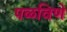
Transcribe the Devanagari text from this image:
पळविणे